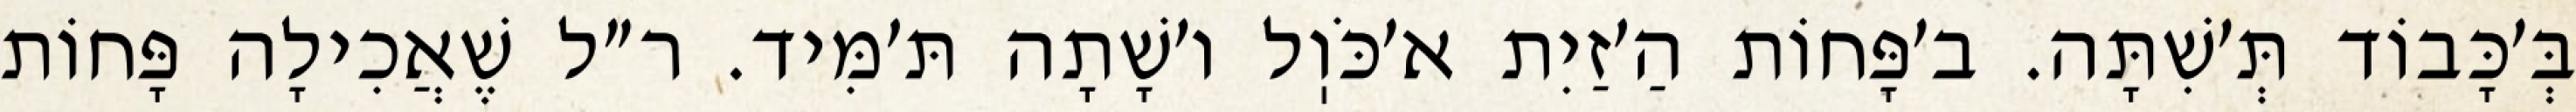
בְּ׳כָּבוֹד תְּ׳שִׁתָּה. ב׳פָּחוֹת הַ׳זַיִת א׳כֹּוֽל ו׳שָׁתָה תּ׳מִּיד. ר״ל שֶׁאֲכִילָה פָּחוֹת